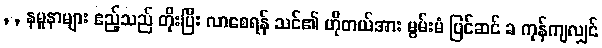
, , နမူနာများ ဧည့်သည် တိုးပြီး လာစေရန် သင်၏ ဟိုတယ်အား မွမ်းမံ ပြင်ဆင် ခ ကုန်ကျလျှင်